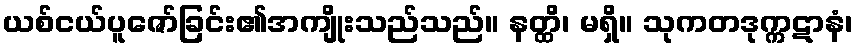
ယစ်ငယ်ပူဇော်ခြင်း၏အကျိုးသည်သည်။ နတ္ထိ၊ မရှိ။ သုကတဒုက္ကဋာနံ၊